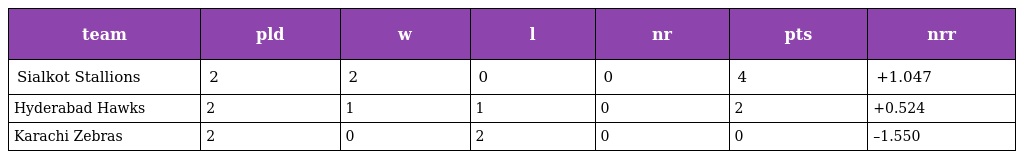
| team | pld | w | l | nr | pts | nrr |
 | --- | --- | --- | --- | --- | --- | --- |
 | Sialkot Stallions | 2 | 2 | 0 | 0 | 4 | +1.047 |
 | Hyderabad Hawks | 2 | 1 | 1 | 0 | 2 | +0.524 |
 | Karachi Zebras | 2 | 0 | 2 | 0 | 0 | –1.550 |